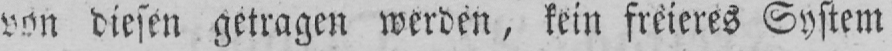
von diesen getragen werden, kein freieres System